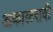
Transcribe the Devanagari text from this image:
अकालरावी